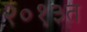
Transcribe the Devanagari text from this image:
२०१३त